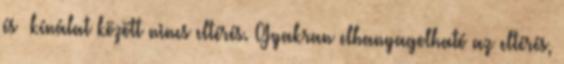
és –kínálat között nincs eltérés. Gyakran elhanyagolható az eltérés,